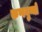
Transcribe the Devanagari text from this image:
कणयुग्मों